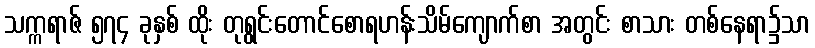
သက္ကရာဇ် ၅၇၄ ခုနှစ် ထိုး တုရွင်းတောင်စောရဟန်းသိမ်ကျောက်စာ အတွင်း စာသား တစ်နေရာ၌သာ